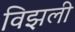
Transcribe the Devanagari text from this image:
विझली